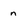
Character: n